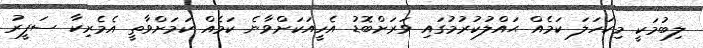
ލިބުމަކީ މިކަހަލަ ކަމެއް ޙައްލުކުރުމުގައި ވަރަށްބޮޑު އެހީއަކަށްވާނެ ކަމެއް ކަމަށްވާތީ އެމެރިކާ ސަފީރު